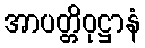
အာပတ္တိဝုဋ္ဌာနံ